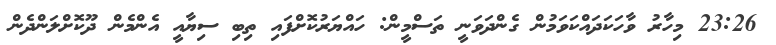
23:26 މިހާރު ވާހަކަދައްކަވަމުން ގެންދަވަނީ ތަސްމީން: ހައްޔަރުކޮށްފައި ތިބި ސިޔާއީ އެންމެން ދޫކޮށްލަންދެން